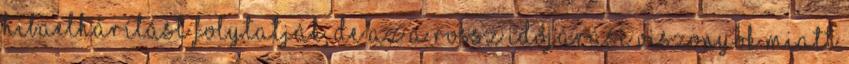
hibaelhárítást folytatják, de az a rossz időjárási viszonyok miatt